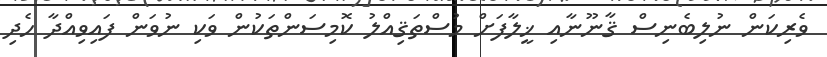
ވެރިކަން ނުލިބެނިސް ޤާނޫނާއި ޚީލާފަށް މުސްތަޤިއްލު ކޮމިސަންތަކުން ވަކި ނުވަން ފައިވިއްދާ ހެދި